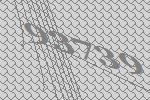
93739